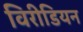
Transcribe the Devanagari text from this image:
विरीडियन